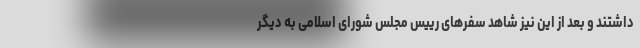
داشتند و بعد از این نیز شاهد سفرهای رییس مجلس شورای اسلامی به دیگر